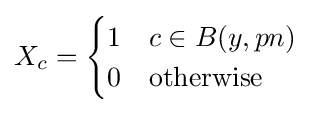
X_{c}={\begin{cases}1&c\in B(y,pn)\\0&{\text{otherwise}}\end{cases}}